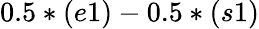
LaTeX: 0.5*(e1)-0.5*(s1)